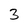
Character: 3